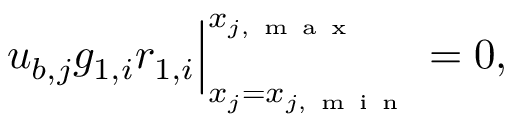
\begin{array} { r } { u _ { b , j } g _ { 1 , i } r _ { 1 , i } \Big | _ { x _ { j } = x _ { j , \mathrm { ~ m ~ i ~ n ~ } } } ^ { x _ { j , \mathrm { ~ m ~ a ~ x ~ } } } = 0 , } \end{array}